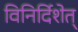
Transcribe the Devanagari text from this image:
विनिर्दिशेत्